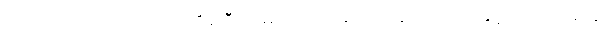
ဘုရားရေ၊ ကျားသားမိုးကြိုး၊ ဒီလို မဟုတ်တရုတ်တွေ မပြောပါနှင့် ကလေးရယ်၊